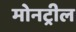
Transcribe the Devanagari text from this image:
मोनट्रील